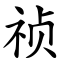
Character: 祯